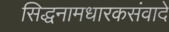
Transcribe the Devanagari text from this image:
सिद्धनामधारकसंवादे